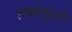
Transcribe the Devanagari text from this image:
तकाबुली